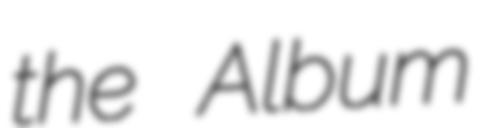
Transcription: the Album